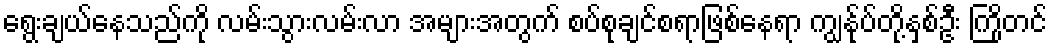
ရွေးချယ်နေသည်ကို လမ်းသွားလမ်းလာ အများအတွက် စပ်စုချင်စရာဖြစ်နေရာ ကျွန်ုပ်တို့နှစ်ဦး ကြိုတင်